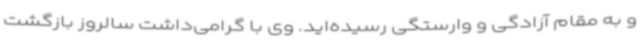
و به مقام آزادگی و وارستگی رسیده‌اید. وی با گرامی‌داشت سالروز بازگشت